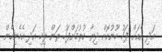
އަދި އެއަށް ފަހު ހޫނުކޮށް ދިޔާ ކުރުމަށްފަހު ރަން ރިހި އަދި އެހެނިހެން